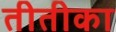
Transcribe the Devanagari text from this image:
तीतीका